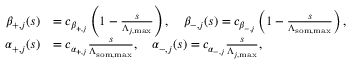
\begin{array} { r l } { \beta _ { + , j } ( s ) } & { = c _ { \beta _ { + , j } } \left( 1 - \frac { s } { \Lambda _ { j , \mathrm { m a x } } } \right) , \quad \beta _ { - , j } ( s ) = c _ { \beta _ { - , j } } \left( 1 - \frac { s } { \Lambda _ { \mathrm { s o m } , \mathrm { m a x } } } \right) , } \\ { \alpha _ { + , j } ( s ) } & { = c _ { \alpha _ { + , j } } \frac { s } { \Lambda _ { \mathrm { s o m } , \mathrm { m a x } } } , \quad \alpha _ { - , j } ( s ) = c _ { \alpha _ { - , j } } \frac { s } { \Lambda _ { j , \mathrm { m a x } } } , } \end{array}